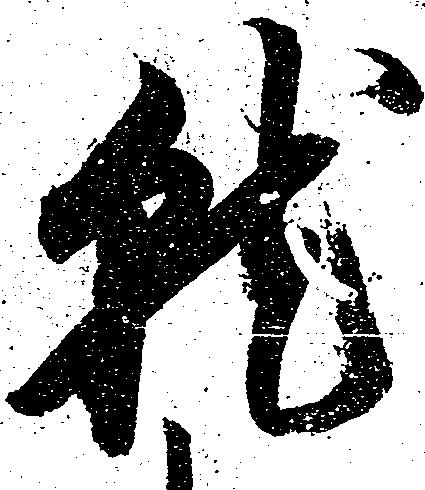
就